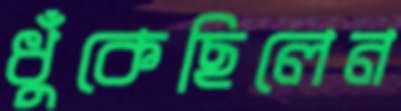
ধুঁকেছিলেন